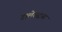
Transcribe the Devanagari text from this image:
टालेरस्ट्रास